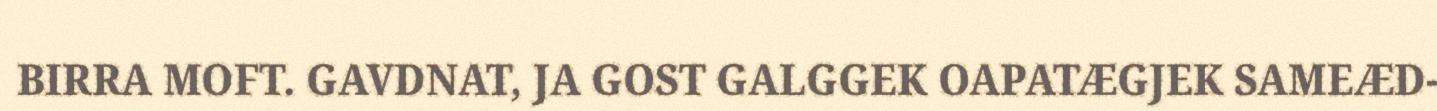
BIRRA MOFT. GAVDNAT, JA GOST GALGGEK OAPATÆGJEK SAMEÆD-